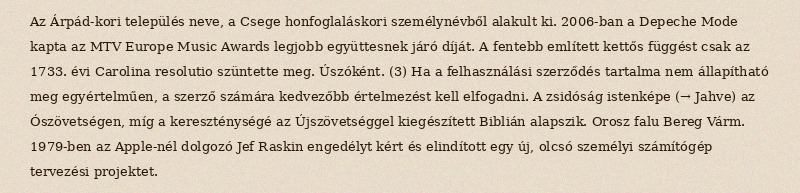
Az Árpád-kori település neve, a Csege honfoglaláskori személynévből alakult ki. 2006-ban a Depeche Mode kapta az MTV Europe Music Awards legjobb együttesnek járó díját. A fentebb említett kettős függést csak az 1733. évi Carolina resolutio szüntette meg. Úszóként. (3) Ha a felhasználási szerződés tartalma nem állapítható meg egyértelműen, a szerző számára kedvezőbb értelmezést kell elfogadni. A zsidóság istenképe (→ Jahve) az Ószövetségen, míg a kereszténységé az Újszövetséggel kiegészített Biblián alapszik. Orosz falu Bereg Várm. 1979-ben az Apple-nél dolgozó Jef Raskin engedélyt kért és elindított egy új, olcsó személyi számítógép tervezési projektet.